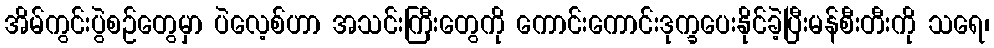
အိမ်ကွင်းပွဲစဉ်တွေမှာ ပဲလေ့စ်ဟာ အသင်းကြီးတွေကို ကောင်းကောင်းဒုက္ခပေးနိုင်ခဲ့ပြီးမန်စီးတီးကို သရေ၊